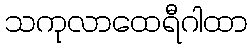
သကုလာထေရီဂါထာ